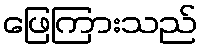
ဖြေကြားသည်